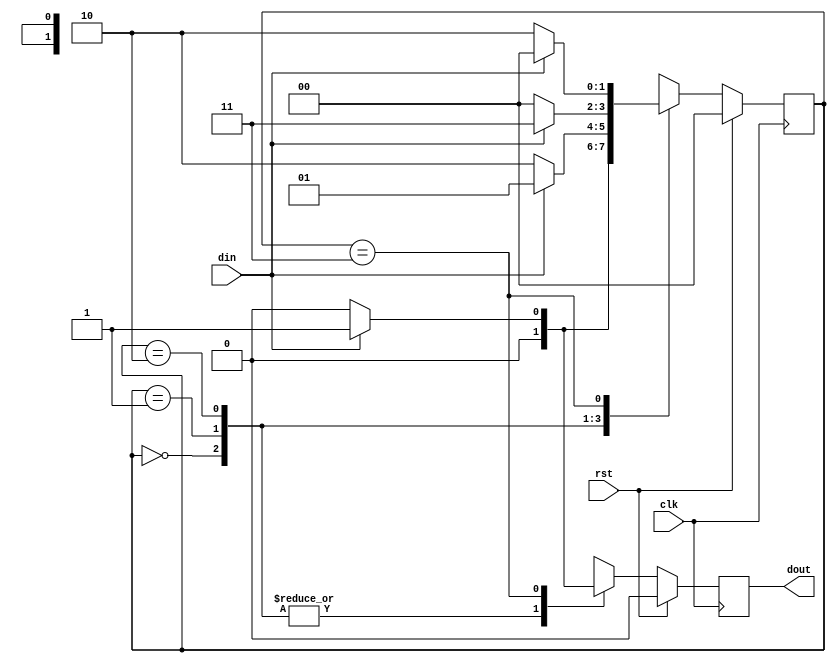
module mealy1011(
    input rst,clk,din,
    output reg dout
    );
    
    reg [1:0] state;
    parameter s0=0,s1=1,s2=2,s3=3;
    always @(posedge clk) begin
    if(rst) begin
    dout=0;
    state=s0;
    end
    else
    case(state)
    s0: begin
    if(din)
    state=s1;
    else
    state=s0;
    dout=0;
    end
    s1: begin
        if(din)
        state=s1;
        else
        state=s2;
        dout=0;
        end
s2: begin
                if(din)
                state=s3;
                else
                state=s0;
                dout=0;
                end
s3: begin
        if(din) begin
        state=s0;
        dout=1;
        end
        else begin
        state=s2;
        dout=0;
        end
        end
    
    endcase
    end
    endmodule